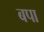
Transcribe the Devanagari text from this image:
बपा